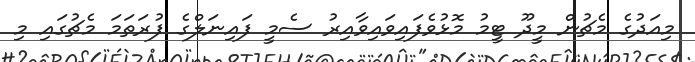
މިއަދުގެ މެޗުން މީދޫ ޓީމު މޮޅުވެފައިވައިވާއިރު ސެމީ ފައިނަލްގެ ފުރަތަމަ މެޗުގައި މި